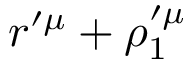
r ^ { \prime \mu } + \rho _ { 1 } ^ { \prime \mu }